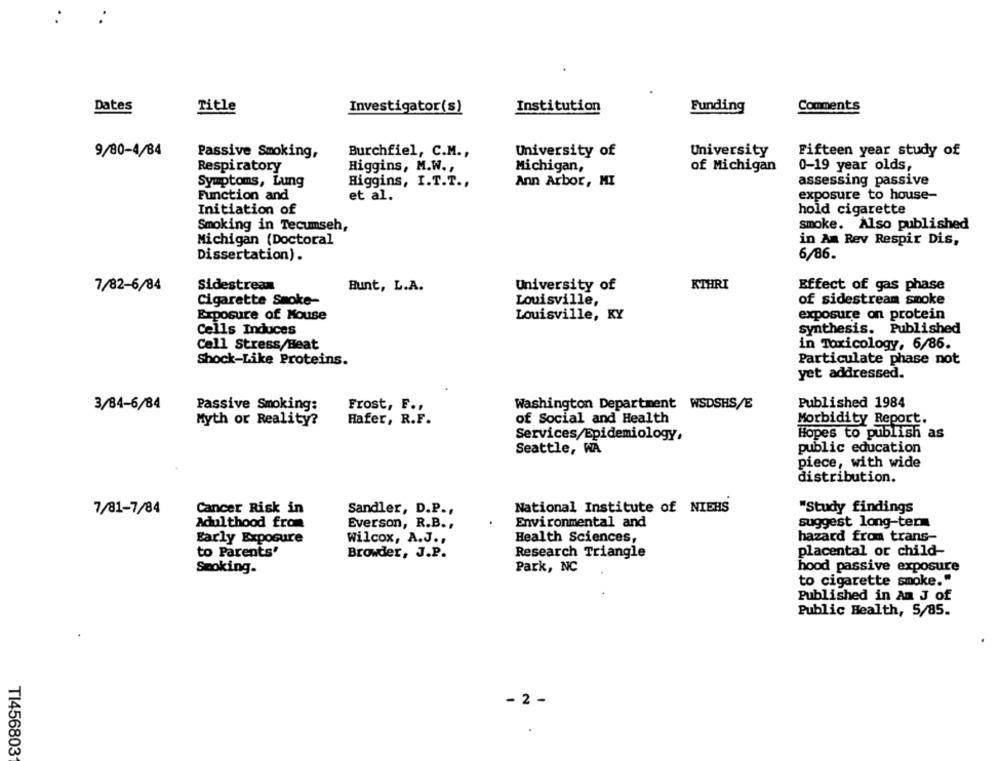
Dates
Title
Investigator(s)
Institution
Funding
Comments
9/80-4/84
University of
University
Fifteen year study of
Passive Smoking,
Burchfiel, C.M .,
Respiratory
Michigan,
of Michigan
0-19 year olds
Higgins, M.W. ,
Higgins, I.T.T .,
Ann Arbor, MI
assessing passive
Symptoms, Lung
Function and
et al.
exposure to house-
Initiation of
hold cigarette
Smoking in Tecumseh,
smoke. Also published
Michigan (Doctoral
in Am Rev Respir Dis,
Dissertation) .
6/86.
7/82-6/84
Sidestream
Bunt, L.A.
University of
KTHRI
Effect of gas phase
Cigarette Smoke-
Louisville,
of sidestream smoke
Exposure of Mouse
Louisville, KY
exposure on protein
Cells Induces
synthesis.
Published
Cell Stress/Beat
in Toxicology, 6/86.
Shock-Like Proteins.
Particulate phase not
yet addressed.
Published 1984
3/84-6/84
Passive Smoking:
Frost, F.
Washington Department WSDSHS/E
of Social and Health
Myth or Reality?
Hafer, R.F.
Morbidity Report.
Hopes to publish as
Services/Epidemiology,
Seattle, WA
public education
piece, with wide
distribution.
Cancer Risk in
Sandler, D.P .,
National Institute of NIEHS
"Study findings
7/81-7/84
Adulthood from
Everson, R.B .,
Environmental and
suggest long-term
Early Exposure
Wilcox, A.J .,
Health Sciences,
hazard from trans-
to Parents'
Browder, J.P.
Research Triangle
placental or child-
Smoking.
Park, NC
hood passive exposure
to cigarette smoke."
Published in An J of
Public Health, 5/85.
- 2 -
TI456803